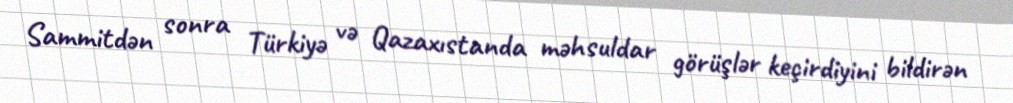
Sammitdən sonra Türkiyə və Qazaxıstanda məhsuldar görüşlər keçirdiyini bildirən